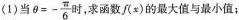
(1)当 $$θ = - \frac { π } { 6 }$$ 时，求函数f(x)的最大值与最小值；